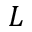
L